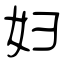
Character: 妇